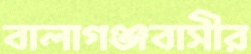
বালাগঞ্জবাসীর